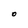
Character: O